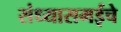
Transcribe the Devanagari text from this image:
संध्यासमईचे